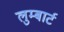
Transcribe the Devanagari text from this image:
लुम्बार्ट